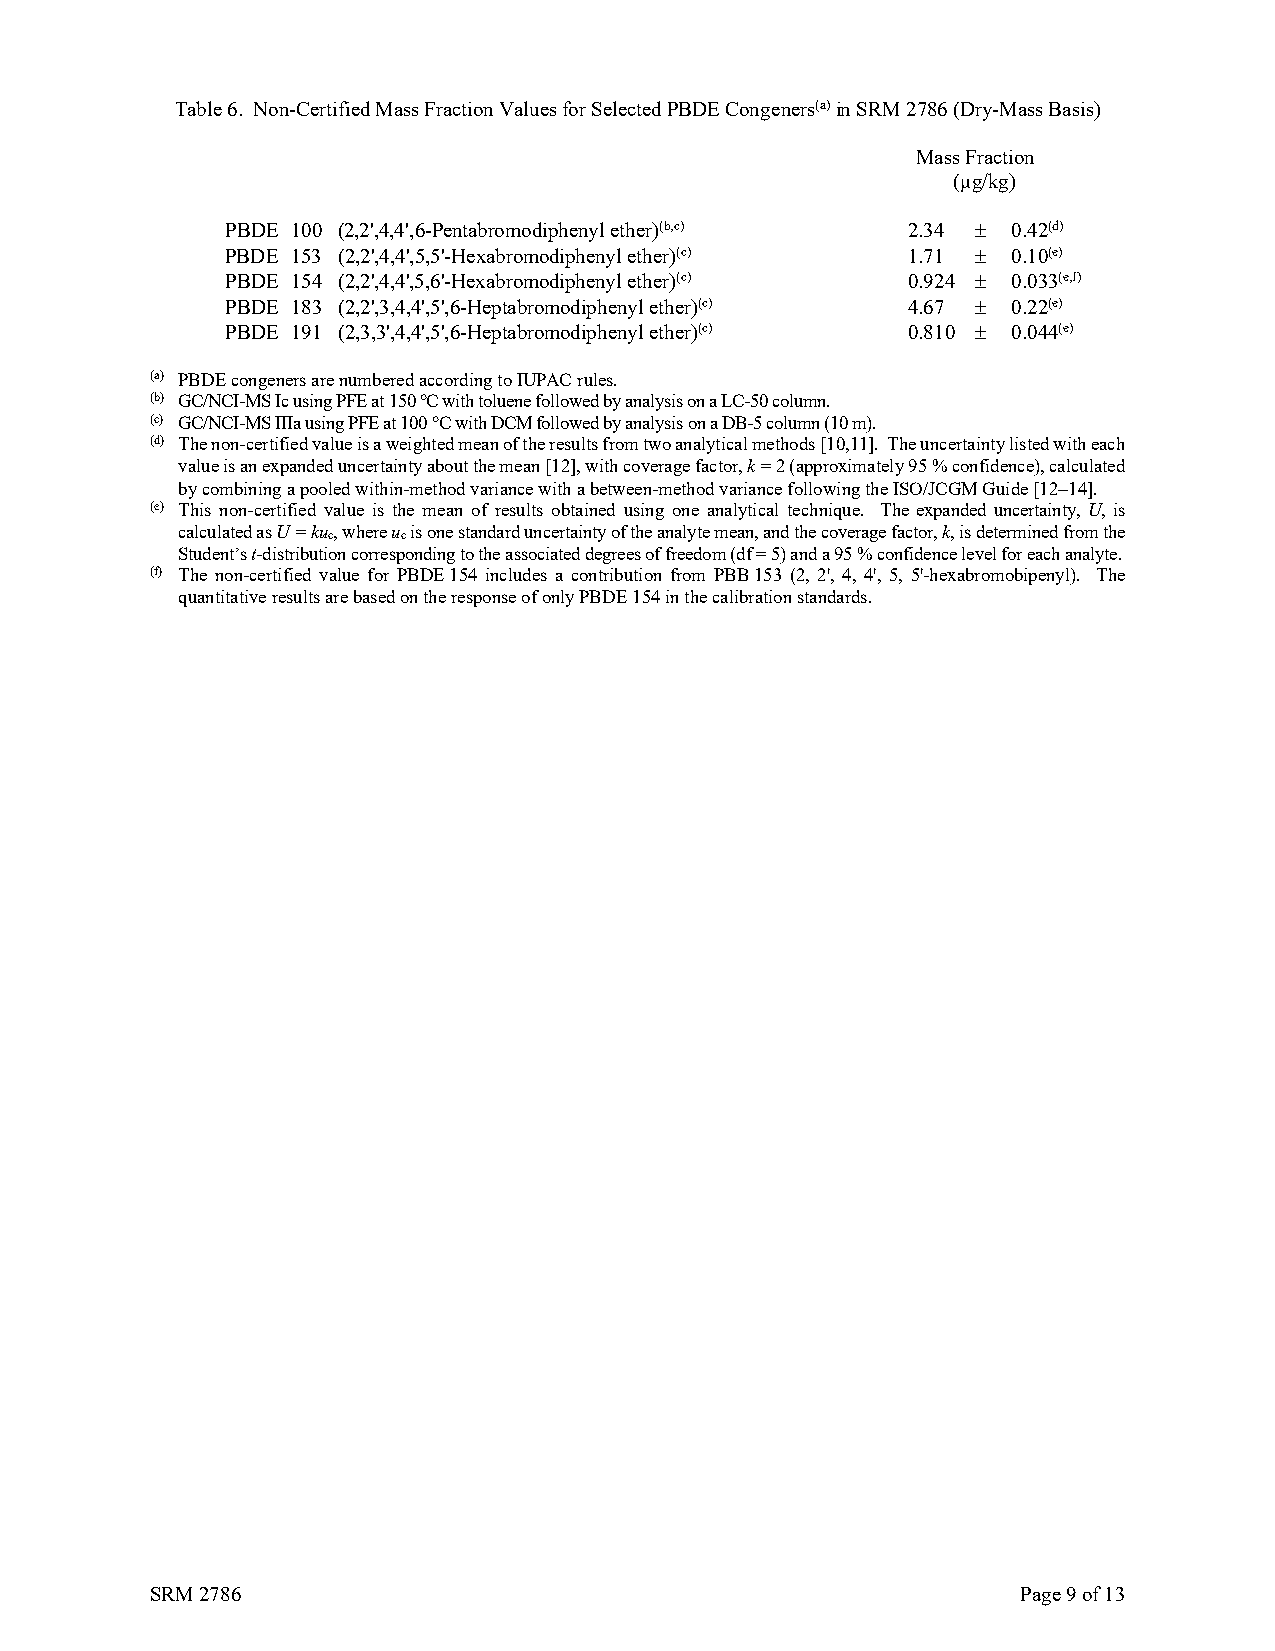
Table 6. Non-Certified Mass Fraction Values for Selected PBDE Congeners(a) in SRM 2786 (Dry-Mass Basis)
 Mass Fraction
 (μg/kg)
 PBDE 100 (2,2',4,4',6-Pentabromodiphenyl ether)(b,c) 2.34 ± 0.42(d)
 PBDE 153 (2,2',4,4',5,5'-Hexabromodiphenyl ether)(c) 1.71 ± 0.10(e)
 PBDE 154 (2,2',4,4',5,6'-Hexabromodiphenyl ether)(c) 0.924 ± 0.033(e,f)
 PBDE 183 (2,2',3,4,4',5',6-Heptabromodiphenyl ether)(c) 4.67 ± 0.22(e)
 PBDE 191 (2,3,3',4,4',5',6-Heptabromodiphenyl ether)(c) 0.810 ± 0.044(e)
 (a) PBDE congeners are numbered according to IUPAC rules.
 (b) GC/NCI-MS Ic using PFE at 150 °C with toluene followed by analysis on a LC-50 column.
 (c) GC/NCI-MS IIIa using PFE at 100 °C with DCM followed by analysis on a DB-5 column (10 m).
 (d) The non-certified value is a weighted mean of the results from two analytical methods [10,11]. The uncertainty listed with each
 value is an expanded uncertainty about the mean [12], with coverage factor, k = 2 (approximately 95 % confidence), calculated
 by combining a pooled within-method variance with a between-method variance following the ISO/JCGM Guide [12−14].
 (e) This non-certified value is the mean of results obtained using one analytical technique. The expanded uncertainty, U, is
 calculated as U = kuc, where uc is one standard uncertainty of the analyte mean, and the coverage factor, k, is determined from the
 Student’s t-distribution corresponding to the associated degrees of freedom (df = 5) and a 95 % confidence level for each analyte.
 (f) The non-certified value for PBDE 154 includes a contribution from PBB 153 (2, 2', 4, 4', 5, 5'-hexabromobipenyl). The
 quantitative results are based on the response of only PBDE 154 in the calibration standards.
 SRM 2786                                                  Page 9 of 13